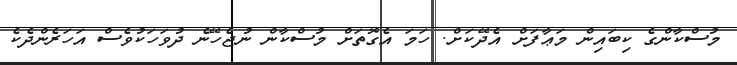
މުސްކާންގެ ކިބައިން މަޢާފަށް އެދޭކަށް. ހަމަ އެގޮތަށް މުސްކާން ނުޖެހޭނެ ދުވަހަކުވެސް އަހަރެންދެކެ